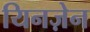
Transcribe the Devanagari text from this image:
यिनज़ेन